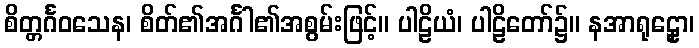
စိတ္တင်္ဂဝသေန၊ စိတ်၏အင်္ဂါ၏အစွမ်းဖြင့်။ ပါဠိယံ၊ ပါဠိတော်၌။ နအာရုဠှော၊